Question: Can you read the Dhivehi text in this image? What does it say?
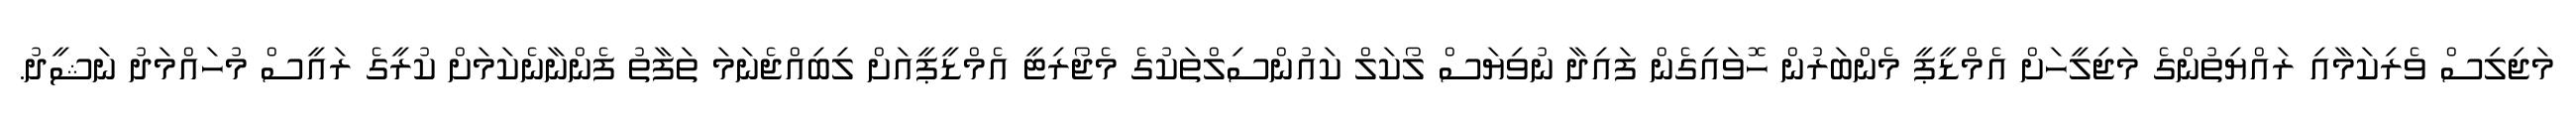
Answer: މަޖިލިސް ވެރިކަމާއި ރައްޔިތުންގެ މަޖިލީހަށް އެމްޑީޕީ މެންބަރުން ހޮވައިގެން ފައިދާ ނުވިޔަސް ލޯކަލް ކައުންސިލްތަކުގެ މެޖޯރިޓީ އެމްޑީޕީއަށް ލިބިއްޖެނަމަ ތަފާތު ފެންނާނެކަމަށް ކުރީގެ ރައީސް މުހައްމަދު ނަޝީދު.